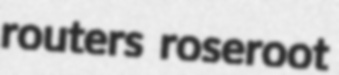
routers roseroot